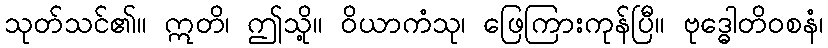
သုတ်သင်၏။ ဣတိ၊ ဤသို့။ ဝိယာကံသု၊ ဖြေကြားကုန်ပြီ။ ဗုဒ္ဓေါတိဝစနံ၊